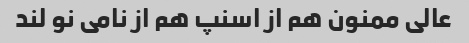
عالی ممنون هم از اسنپ هم از نامی نو لند